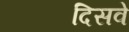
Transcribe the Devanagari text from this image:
दिसवे